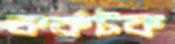
কর্কটক